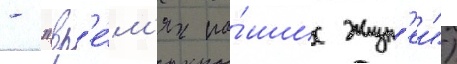
- "вр'е́м'я на́ших жизн'еи")